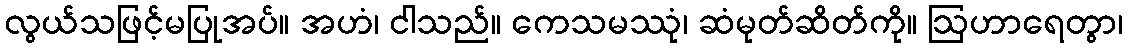
လွယ်သဖြင့်မပြုအပ်။ အဟံ၊ ငါသည်။ ကေသမဿုံ၊ ဆံမုတ်ဆိတ်ကို။ ဩဟာရေတွာ၊